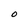
Character: O